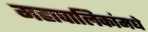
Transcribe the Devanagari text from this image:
महापालिकांमधे